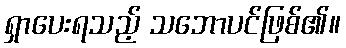
ရှာပေးရသည့် သဘောပင်ဖြစ်၏။